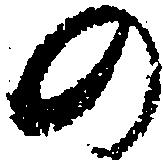
の